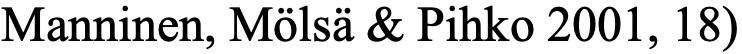
Manninen, Mölsä & Pihko 2001, 18)